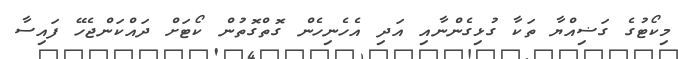
މިކޯޓުގެ ގަޟިއްޔާ ތަކާ ގުޅިގެންނާއި އަދި އެހެނިހެން ގޮތްގޮތުން ކޯޓަށް ދައްކަންޖެހޭ ފައިސާ